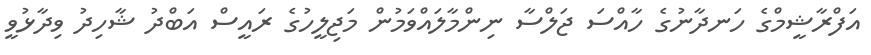
އަފްރާޝީމްގެ ހަނދާނުގެ ހާއްސަ ޖަލްސާ ނިންމާލައްވަމުން މަޖިލީހުގެ ރައީސް އަބްދު ޝާހިދު ވިދާޅުވީ